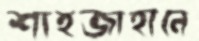
শাহজাহানে